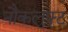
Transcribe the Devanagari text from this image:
नौकलुफ़्ट